Lunatic asylums Punjab 1868-1880 - 1868-1880
Year: 1868
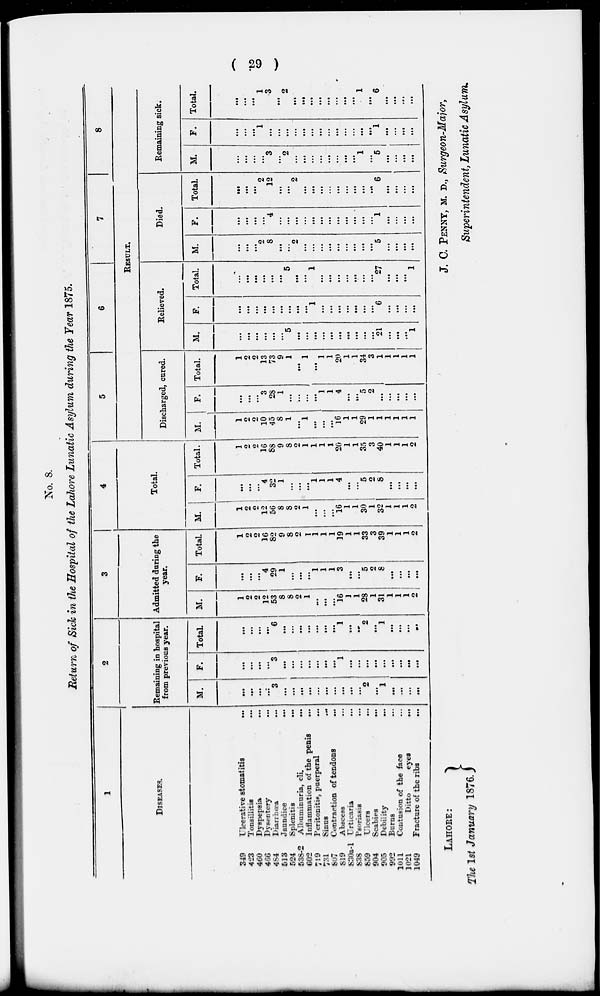
( 29 )
No. 8.
Return of Sick in the Hospital of the Lahore Lunatic Asylum during the Year 1875.
1
DISEASES.
349
Ulcerative stomatitis ...
423
Tonsillitis
...
460
Dyspepsia ...
466
Dysentery ...
484
Diarrhœa
...
513
Jaundice
...
524
Splenitis
...
538-2 Albuminuria, cli.
...
602
Inflammation of the penis
...
719
Peritonitis, puerperal
...
731
Sinus
...
807
Contraction of tendons ...
819
Abscess ...
830a-1
Urticaria ...
838
Psoriasis
...
859
Ulcers
...
904
Scabies
...
905
Debility
...
992
Burns ...
1011
Contusion of the face ...
1021
Ditto
eyes
...
1049
Fracture of the ribs ...
2
Remaining in hospital
from previous year.
M.
...
...
...
...
3
...
...
...
...
...
...
...
...
...
...
2
...
1
...
...
...
...
F.
...
...
...
...
3
...
...
...
...
...
...
...
1
...
...
...
...
...
...
...
...
...
Total.
...
...
...
...
6
...
...
...
...
...
...
...
1
...
...
2
...
1
...
...
...
...
3
Admitted during the
year.
M.
1
2
2
12
53
8
8
2
1
...
...
...
16
1
1
28
1
31
1
1
1
2
F.
...
...
...
4
29
1
...
...
...
1
1
1
3
...
...
5
2
8
...
...
...
...
Total.
1
2
2
16
82
9
8
2
1
1
1
1
19
1
1
33
3
39
1
1
1
2
4
Total.
M.
1
2
2
12
56
8
8
2
1
...
...
...
16
1
1
30
1
32
1
1
1
2
F.
...
...
...
4
32
1
...
...
...
1
1
1
4
...
...
5
2
8
...
...
...
...
Total.
1
2
2
16
88
9
8
2
1
1
1
1
20
1
1
35
3
40
1
1
1
2
5
6
7
8
RESULT.
Discharged, cured.
M.
1
2
2
10
45
8
1
...
1
...
...
...
16
1
1
29
1
1
1
1
1
1
F.
...
...
...
3
28
1
...
...
...
...
1
1
4
...
...
5
2
...
...
...
...
...
Total.
1
2
2
13
73
9
1
...
1
...
1
1
20
1
1
34
3
1
1
1
1
1
Relieved.
M.
...
...
...
...
...
...
5
...
...
...
...
...
...
...
...
...
...
21
...
...
...
1
F.
...
...
...
...
...
...
...
...
...
1
...
...
...
...
...
...
...
6
...
...
...
...
Total.
...
...
...
...
...
...
5
...
...
1
...
...
...
...
...
...
...
27
...
...
...
1
Died.
M.
...
...
...
2
8
...
...
2
...
...
...
...
...
...
...
...
...
5
...
...
...
...
F.
...
...
...
...
4
...
...
...
...
...
...
...
...
...
...
...
...
1
...
...
...
...
Total.
...
...
...
2
12
...
...
2
...
...
...
...
...
...
...
...
...
6
...
...
...
...
Remaining sick.
M.
...
...
...
...
3
...
2
...
...
...
...
...
...
...
...
1
...
5
...
...
...
...
F.
...
...
...
1
...
...
...
...
...
...
...
...
...
...
...
...
...
1
...
...
...
...
Total.
...
...
...
1
3
...
2
...
...
...
...
...
...
...
...
1
...
6
...
...
...
...
LAHORE:
The 1st January 1876.
J. C. PENNY, M. D., Surgeon-Major,
Superintendent, Lunatic Asylum.